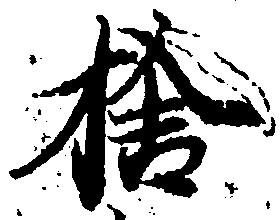
捨